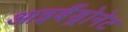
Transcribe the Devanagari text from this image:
आइबैंड्रोनेट